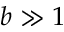
b \gg 1